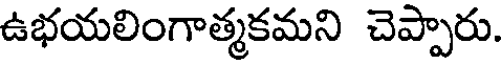
ఉభయలింగాత్మకమని చెప్పారు.